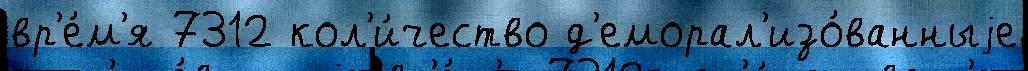
вр'е́м'я 7312 кол'и́чество д'еморал'изо́ванныjе